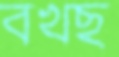
বখছ